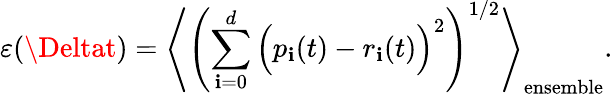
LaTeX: \varepsilon(\Deltat)=\left\langle\left(\sum_{\mathbf{i}=0}^{d}\Big(p_{\mathbf{i}}(t)-r_{\mathbf{i}}(t)\Big)^{2}\right)^{1/2}\right\rangle_{\mathrm{{{ensemble}}}}.